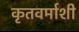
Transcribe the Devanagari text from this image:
कृतवर्माशी